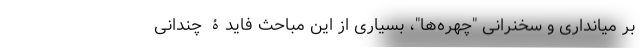
بر میانداری و سخنرانی "چهره‌ها"، بسیاری از این مباحث فایدۀ چندانی